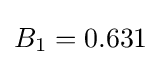
B_{1}=0.631